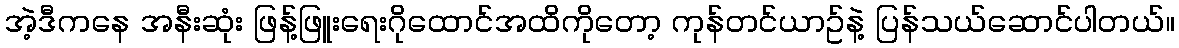
အဲ့ဒီကနေ အနီးဆုံး ဖြန့်ဖြူးရေးဂိုထောင်အထိကိုတော့ ကုန်တင်ယာဥ်နဲ့ ပြန်သယ်ဆောင်ပါတယ်။